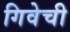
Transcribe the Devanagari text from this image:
गिवेची